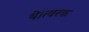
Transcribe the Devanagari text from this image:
थे।त्वरक